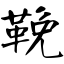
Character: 鞔